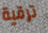
ترقية